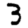
Digit: 3